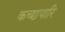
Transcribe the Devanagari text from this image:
कच्छपारि